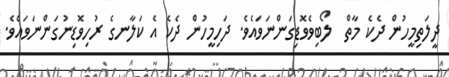
ދީލަތިމީހުން ދެކެ މާތް  ލޯބިވެވޮޑިގަންނަވައެވެ. ދަހިމީހުން ދެކެ އެ ކަލާނގެ ރުހިވޮޑިނުގަންނަވައެވެ.